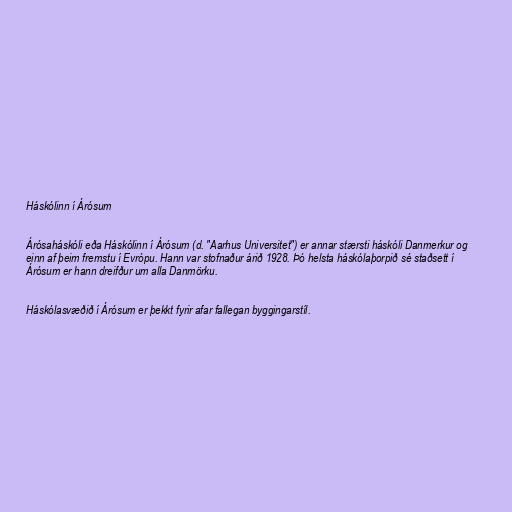
Háskólinn í Árósum

Árósaháskóli eða Háskólinn í Árósum (d. "Aarhus Universitet") er annar stærsti háskóli Danmerkur og
einn af þeim fremstu í Evrópu. Hann var stofnaður árið 1928. Þó helsta háskólaþorpið sé staðsett í
Árósum er hann dreifður um alla Danmörku.

Háskólasvæðið í Árósum er þekkt fyrir afar fallegan byggingarstíl.